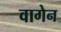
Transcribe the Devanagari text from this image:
वागेन